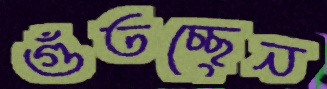
গুঁতচ্ছেন